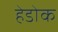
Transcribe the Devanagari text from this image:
हेडोक